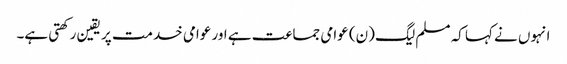
انہوں نے کہا کہ مسلم لیگ (ن) عوامی جماعت ہے اور عوامی خدمت پر یقین رکھتی ہے۔